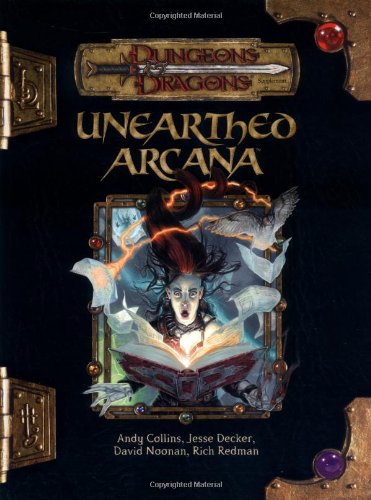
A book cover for Unearthed Arcana (Dungeons & Dragons d20 3.5 Fantasy Roleplaying); Andy Collins; Science Fiction & Fantasy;